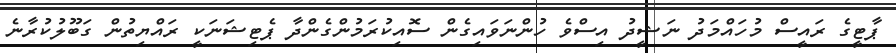
ޕާޓީގެ ރައީސް މުހައްމަދު ނަޝީދު އިސްވެ ހުންނަވައިގެން ސޮއިކުރަމުންގެންދާ ޕެޓިޝަނަކީ ރައްޔިތުން ގަބޫލުކުރާނެ